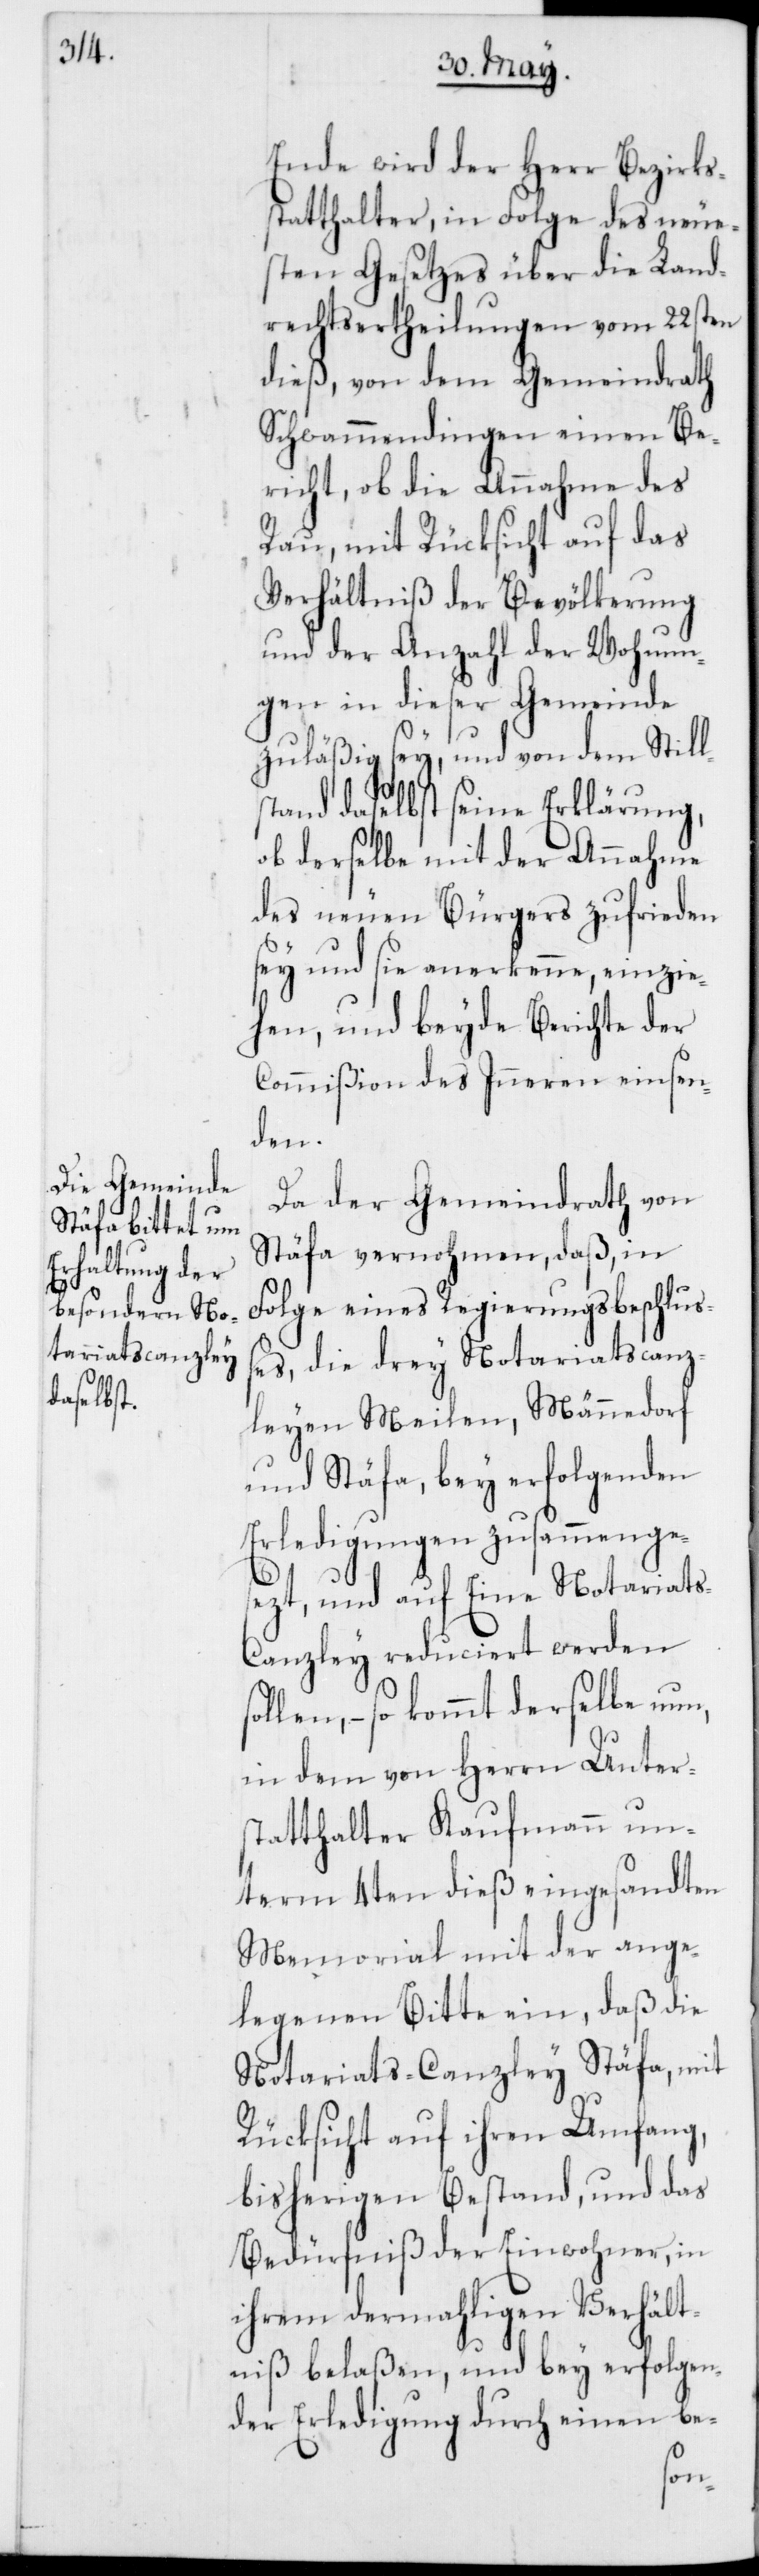
Ende wird der Herr Bezirks¬
statthalter, in Folge des neue¬
sten Gesetzes über die Land¬
rechtsertheilungen vom 22sten
dieß, von dem Gemeindrath
Schwammendingen einen Be¬
richt, ob die Annahme des
Rau, mit Rücksicht auf das
Verhältniß der Bevölkerung
und der Anzahl der Wohnun¬
gen in dieser Gemeinde
zuläßig sey, und von dem Still¬
stand daselbst seine Erklärung,
ob derselbe mit der Annahme
des neuen Bürgers zufrieden
sey und sie anerkenne, einzie¬
hen, und beyde Berichte der
Commißion des Inneren einsen¬
den.
Da der Gemeindrath von
Stäfa vernohmen, daß, in
Folge eines Regierungsbeschluß¬
es die drey Notariatscanz¬
leyen Meilen, Männedorf
und Stäfa, bey erfolgenden
Erledigungen zusammenges¬
ezt, und auf Eine Notariat¬
anzley reduciert werden
len, – so kommt derselbe nun,
in dem von Herrn Unter¬
statthalter Kaufmann un¬
term 4ten dieß eingesandten
Memorial mit der ange¬
legenen Bitte ein, daß die
Notariats-Canzley Stäfa, mit
Rücksicht auf ihren Umfang,
bisherigen Bestand und das
Bedürfniß der Einwohner, in
ihrem dermahligen Verhält¬
niß belaßen, und bey erfolgen¬
der Erledigung durch einen be-
sol¬